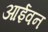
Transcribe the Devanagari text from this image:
आईवन